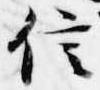
信